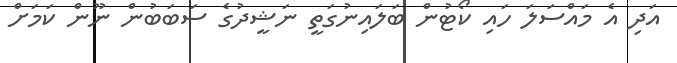
އަދި އެ މައްސަލަ ހައި ކޯޓުން ބަލައިނުގަތީ ނަޝީދުގެ ސަބަބުން ނޫން ކަމަށް